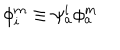
\phi _ { i } ^ { m } \equiv \psi _ { a } ^ { i } \phi _ { a } ^ { m }